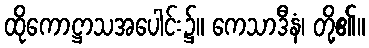
ထိုကောဋ္ဌာသအပေါင်း၌။ ကေသာဒီနံ၊ တို့၏။